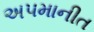
અપમાનીત